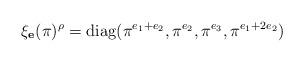
LaTeX: \begin{align*} \xi_\mathbf{e}(\pi)^\rho= \operatorname{diag}( \pi^{e_1+e_2}, \pi^{e_2}, \pi^{e_3}, \pi^{e_1+2e_2} ) \end{align*}